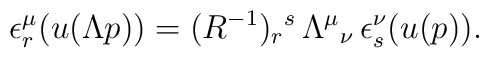
\epsilon^{\mu}_r(u(\Lambda p))=(R^{-1})_r{}^s\, \Lambda^{\mu}{}_{\nu}\,\epsilon^{\nu}_s(u(p)).